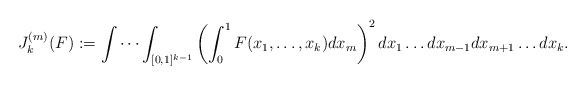
\begin{align*}J_k^{(m)}(F) := \int \cdots \int_{[0,1]^{k-1}} \left(\int_0^1 F(x_1, \ldots, x_k) dx_m\right)^2 dx_1 \ldots dx_{m-1}dx_{m+1} \ldots dx_k.\end{align*}